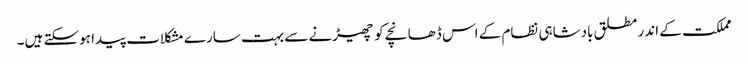
مملکت کے اندر مطلق بادشاہی نظام کے اس ڈھانچے کو چھیڑنے سے بہت سارے مشکلات پیدا ہوسکتے ہیں۔